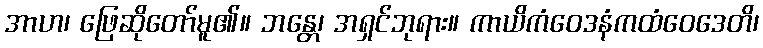
အာဟ၊ ဖြေဆိုတော်မူ၏။ ဘန္တေ၊ အရှင်ဘုရား။ ကာယိကံဝေဒနံကထံဝေဒေတိ၊